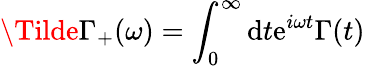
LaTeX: \Tilde{\Gamma}_{+}(\omega)=\int_{0}^{\infty}\mathrm{d}t\mathrm{e}^{i\omega t}\Gamma(t)